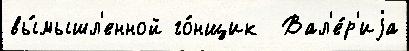
вы́мышл'енной го́нщик  Вал'е́р'иjа